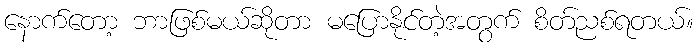
နောက်တော့ ဘာဖြစ်မယ်ဆိုတာ မပြောနိုင်တဲ့အတွက် စိတ်ညစ်ရတယ်။